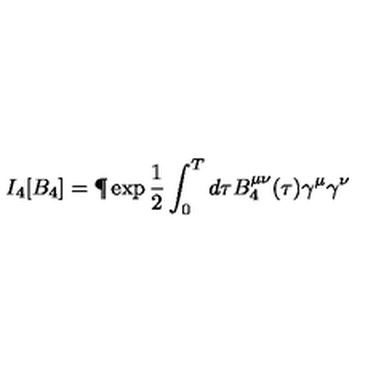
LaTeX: I _ { 4 } [ B _ { 4 } ] = \P \exp \frac { 1 } { 2 } \int _ { 0 } ^ { T } d \tau B _ { 4 } ^ { \mu \nu } ( \tau ) \gamma ^ { \mu } \gamma ^ { \nu }